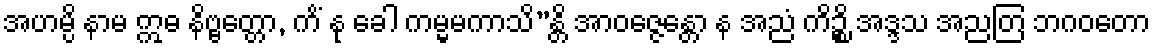
အဟမ္ပိ နာမ ဣဓ နိဗ္ဗတ္တော, ကိံ နု ခေါ ကမ္မမကာသိ”န္တိ အာဝဇ္ဇေန္တော န အညံ ကိဉ္စိ အဒ္ဒသ အညတြ ဘဂဝတော